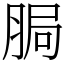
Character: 䏱